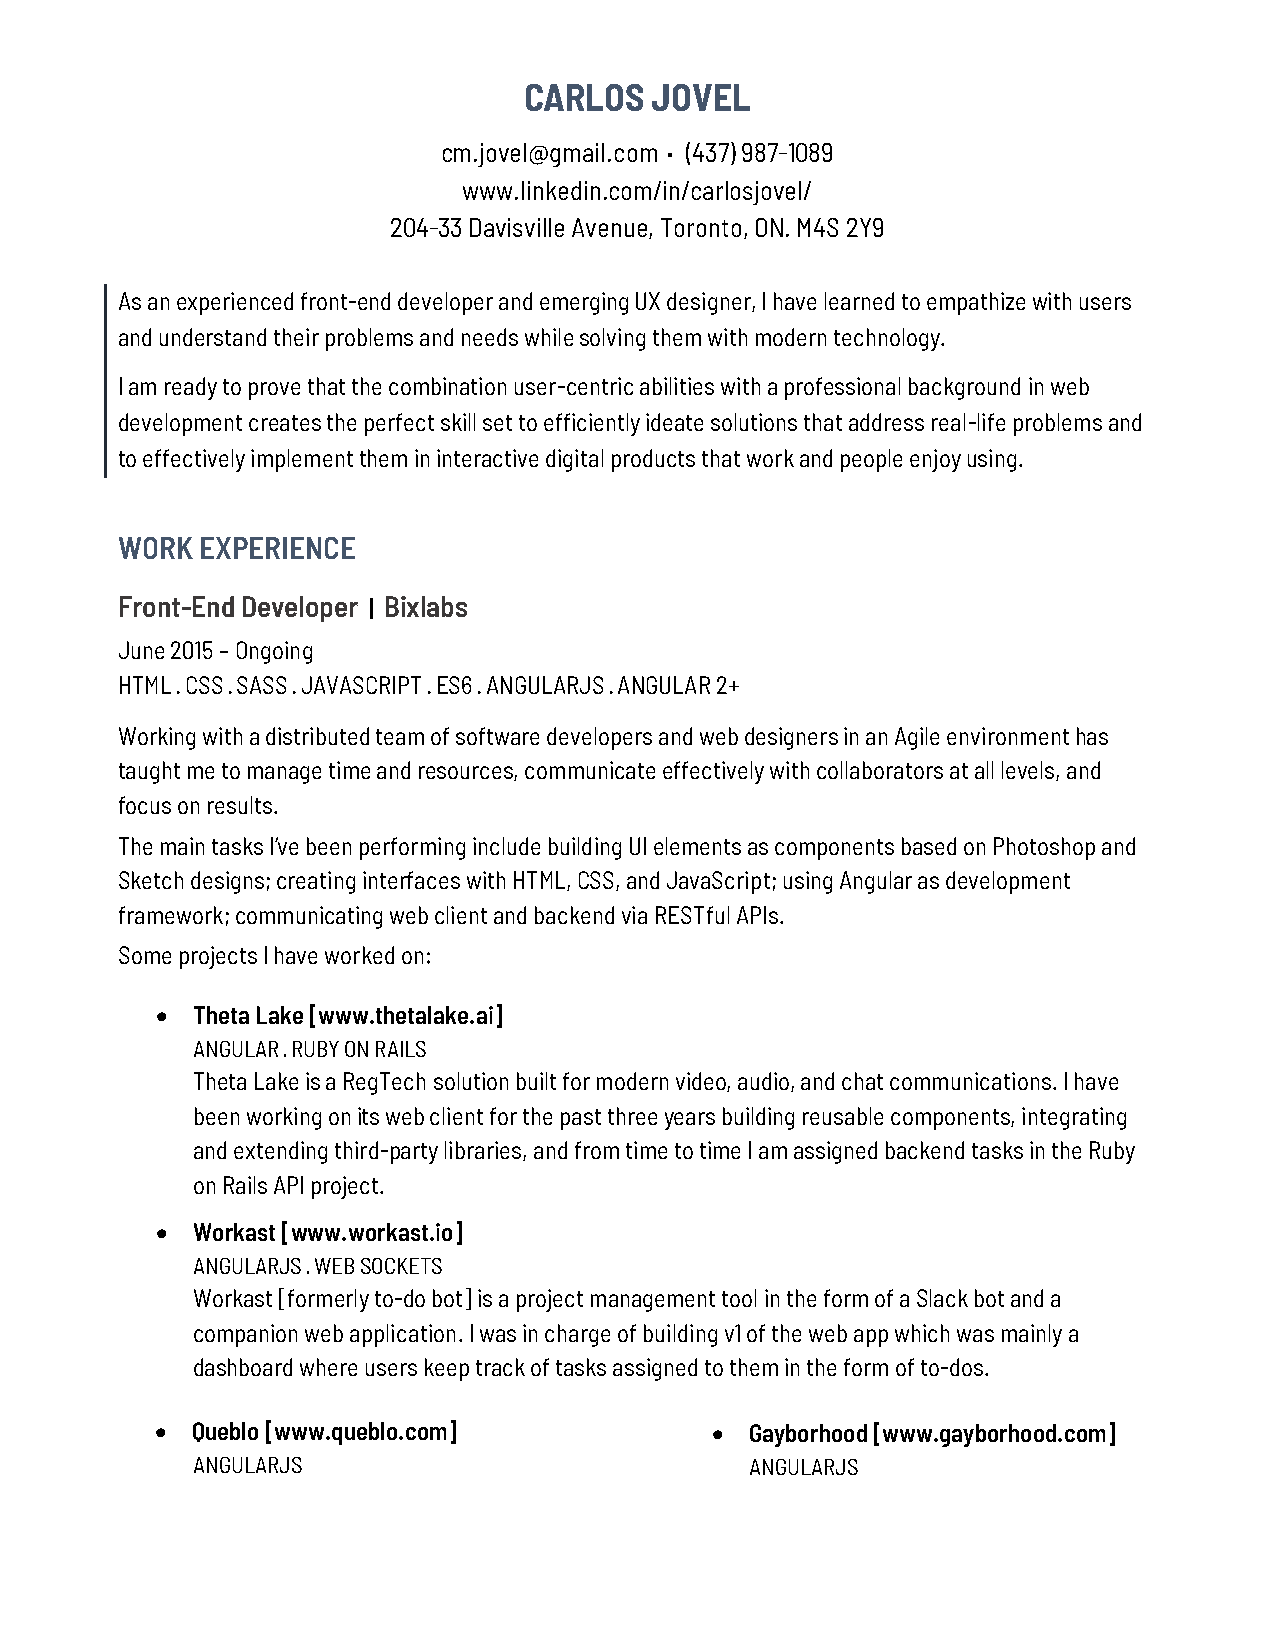
CARLOS  JOVEL
 cm.jovel@gmail.com · (437) 987-1089
 www.linkedin.com/in/carlosjovel/
 204-33 Davisville Avenue, Toronto, ON. M4S 2Y9
 As an experienced front-end developer and emerging UX designer, I have learned to empathize with users
 and understand their problems and needs while solving them with modern technology.
 I am ready to prove that the combination user-centric abilities with a professional background in web
 development creates the perfect skill set to efficiently ideate solutions that address real-life problems and
 to effectively implement them in interactive digital products that work and people enjoy using.
 WORK EXPERIENCE
 Front-End Developer | Bixlabs
 June 2015 – Ongoing
 HTML · CSS · SASS · JAVASCRIPT · ES6 · ANGULARJS · ANGULAR 2+
 Working with a distributed team of software developers and web designers in an Agile environment has
 taught me to manage time and resources, communicate effectively with collaborators at all levels, and
 focus on results.
 The main tasks I’ve been performing include building UI elements as components based on Photoshop and
 Sketch designs; creating interfaces with HTML, CSS, and JavaScript; using Angular as development
 framework; communicating web client and backend via RESTful APIs.
 Some projects I have worked on:
 •  Theta Lake [www.thetalake.ai]
 ANGULAR · RUBY ON RAILS
 Theta Lake is a RegTech solution built for modern video, audio, and chat communications. I have
 been working on its web client for the past three years building reusable components, integrating
 and extending third-party libraries, and from time to time I am assigned backend tasks in the Ruby
 on Rails API project.
 •  Workast [www.workast.io]
 ANGULARJS · WEB SOCKETS
 Workast [formerly to-do bot] is a project management tool in the form of a Slack bot and a
 companion web application. I was in charge of building v1 of the web app which was mainly a
 dashboard where users keep track of tasks assigned to them in the form of to-dos.
 •  Queblo [www.queblo.com]           •  Gayborhood [www.gayborhood.com]
 ANGULARJS                            ANGULARJS